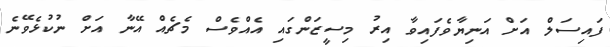
ފައިސަލް އަށް އަނިޔާވެފައިވާ އިރު މިސީޒަންގައި އެއްވެސް މެޗެއް އޭނާ އަށް ނުކުޅެވޭނެ